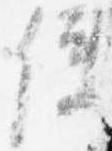
使